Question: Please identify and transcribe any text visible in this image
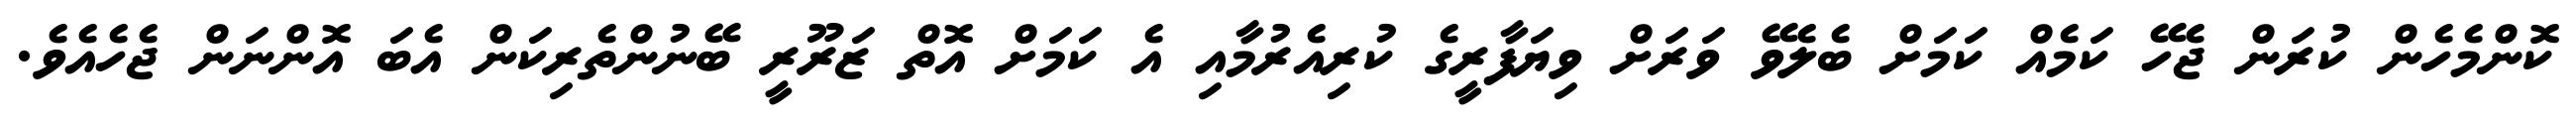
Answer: ކޮންމެހެން ކުރަން ޖެހޭ ކަމެއް ކަމަށް ބެލެވޭ ވަރަށް ވިޔަފާރީގެ ކުރިއެރުމާއި އެ ކަމަށް އޮތް ޒަރޫރީ ބޭނުންތެރިކަން އެބަ އޮންނަން ޖެހެއެވެ.